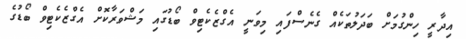
އިދާރީ ހިންގުމަށް ބަދަލުތަކެއް ގެނެސްފައި މިވަނީ އެގްޒެކެޓިވް ބޯޑުގައި މަޝްވަރާކޮށް އެގްޒެކެޓިވް ބޯޑުގެ